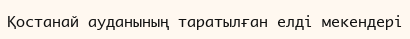
Қостанай ауданының таратылған елді мекендері